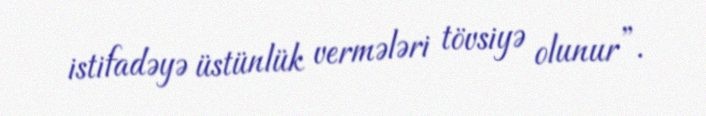
istifadəyə üstünlük vermələri tövsiyə olunur”.